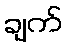
ချက်